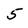
Character: 5